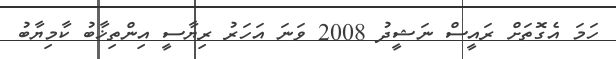
ހަމަ އެގޮތަށް ރައީސް ނަޝީދު 2008 ވަނަ އަހަރު ރިޔާސީ އިންތިޚާބު ކާމިޔާބު